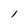
Character: l